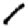
Digit: 1